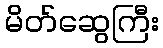
မိတ်ဆွေကြီး